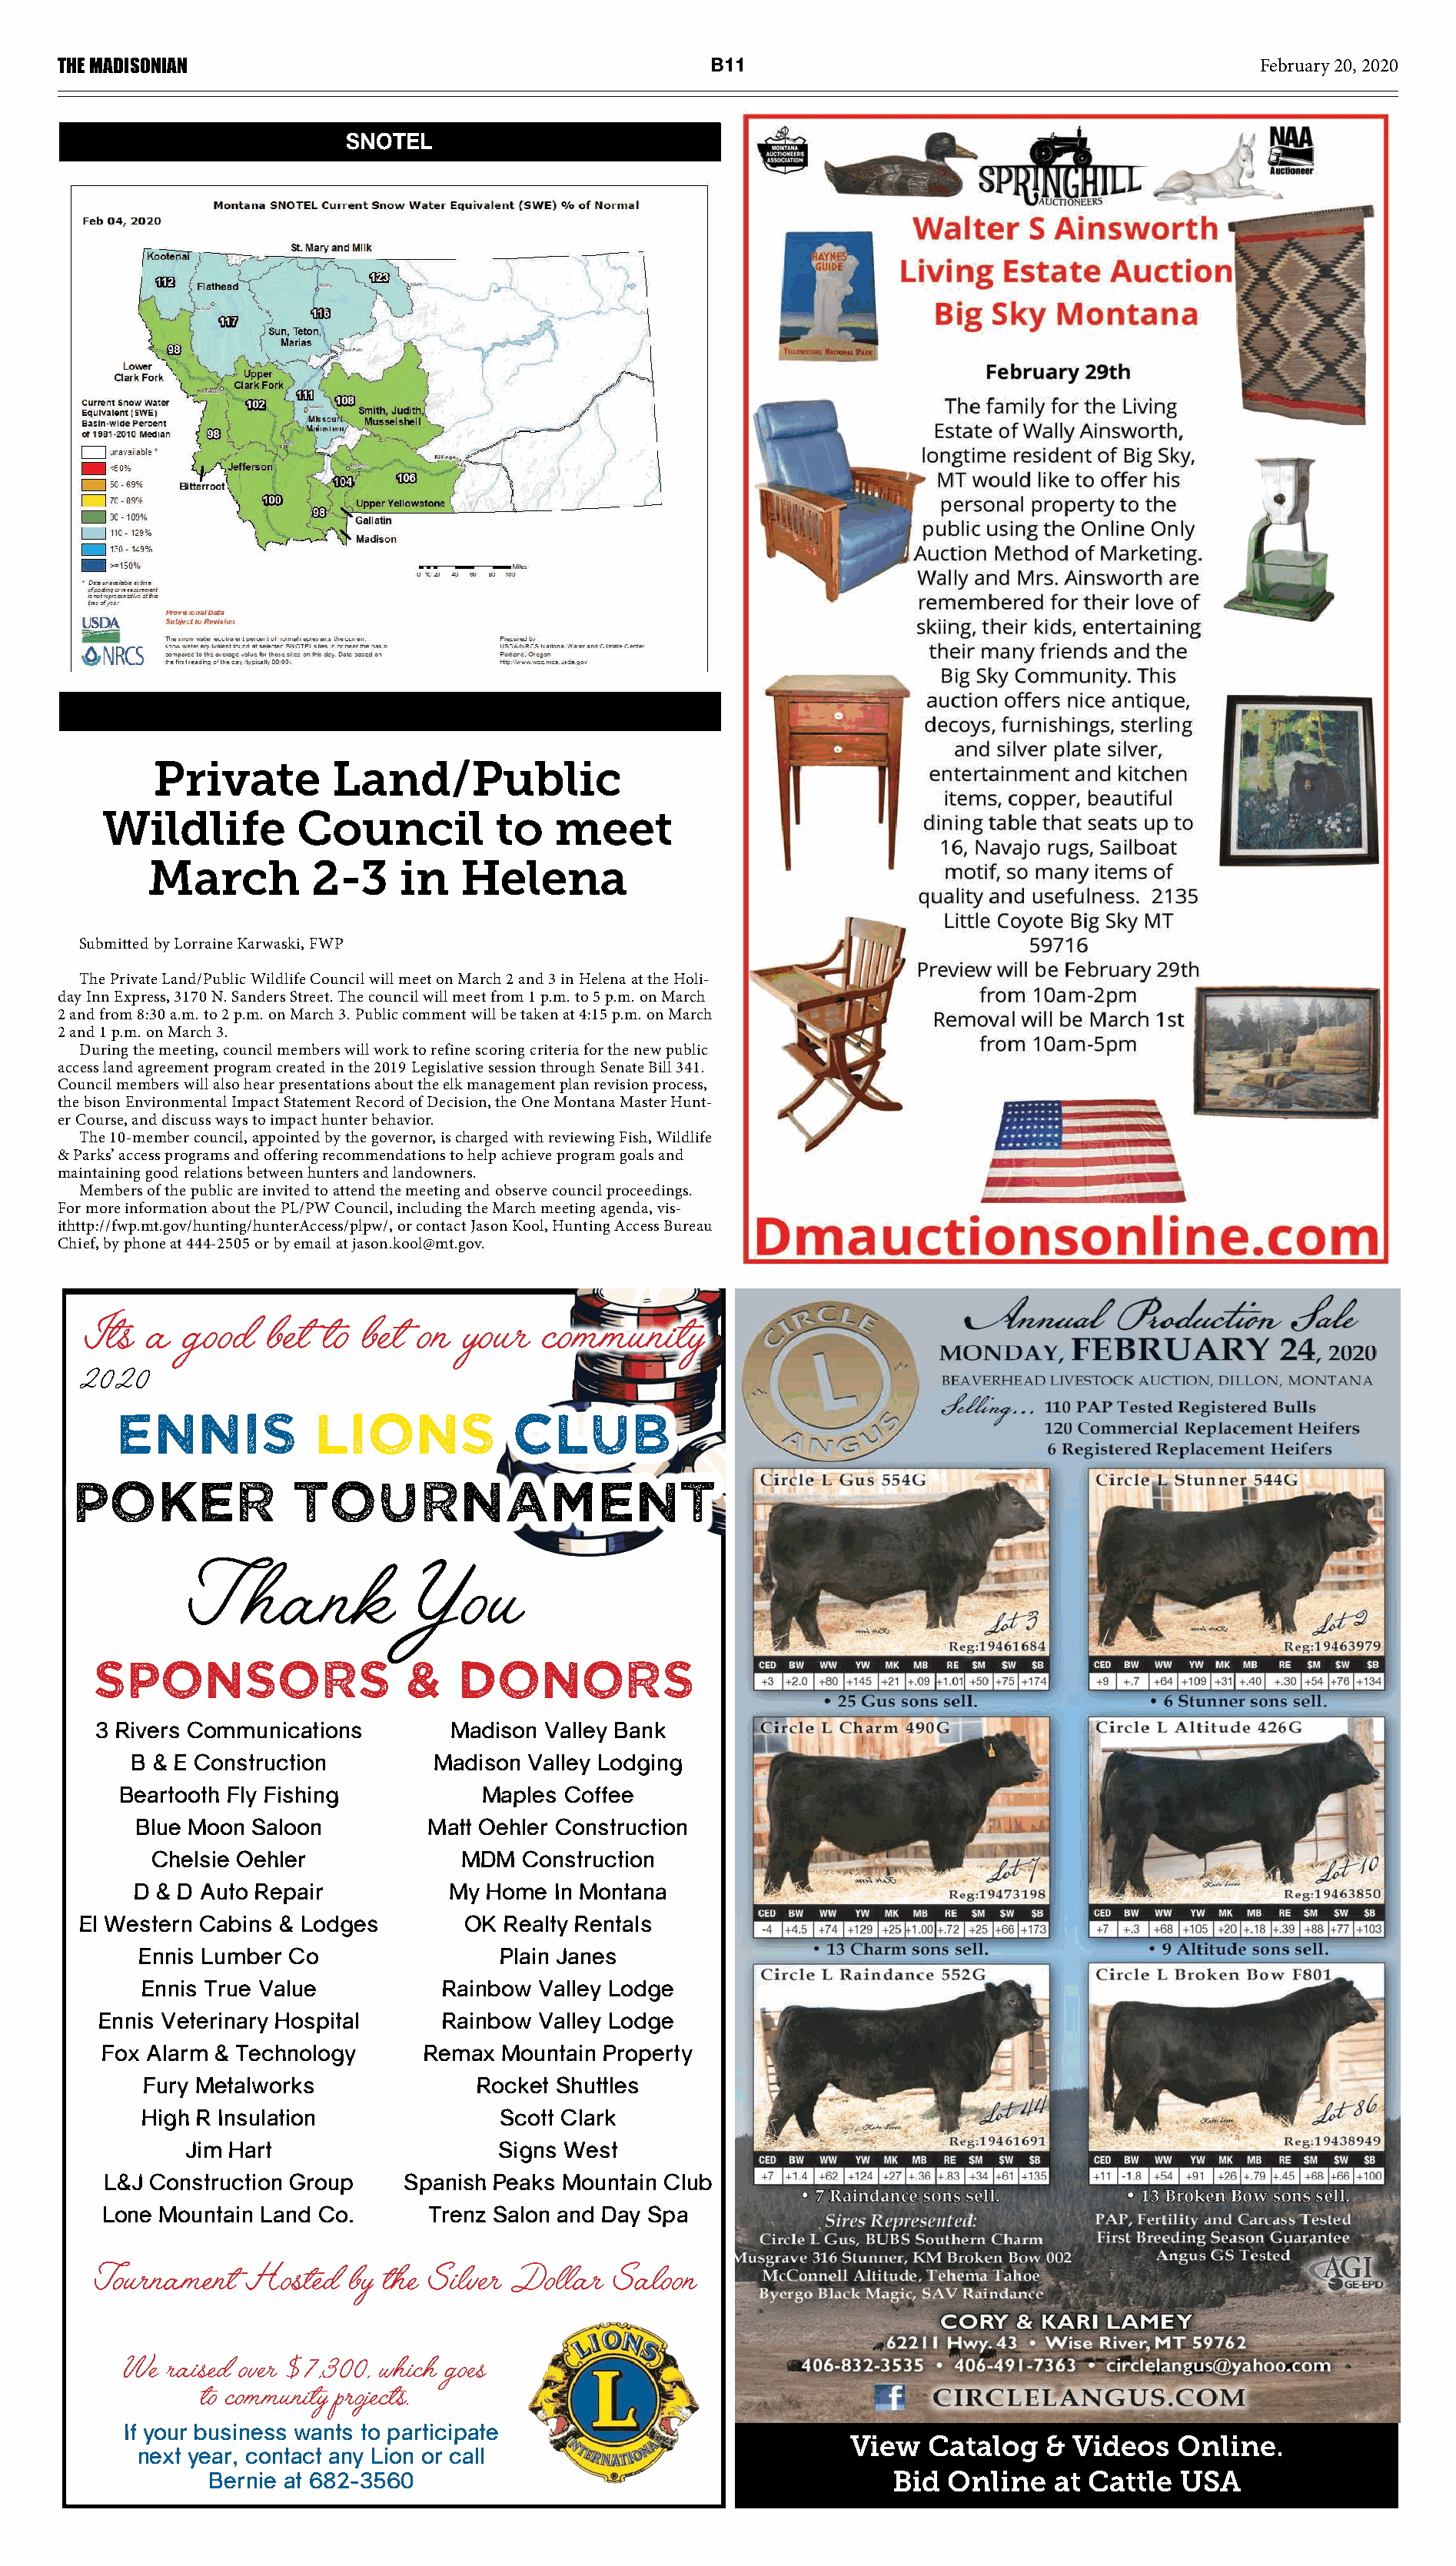
THE MADISONIAN                                          B11                                             February 20, 2020
 SNOTEL
 Private         Land/Public
 Wildlife         Council          to   meet
 March         2-3    in    Helena
 Submitted by Lorraine Karwaski, FWP
 The Private Land/Public Wildlife Council will meet on March 2 and 3 in Helena at the Holi-
 day Inn Express, 3170 N. Sanders Street. The council will meet from 1 p.m. to 5 p.m. on March
 2 and from 8:30 a.m. to 2 p.m. on March 3. Public comment will be taken at 4:15 p.m. on March
 2 and 1 p.m. on March 3.
 During the meeting, council members will work to refine scoring criteria for the new public
 access land agreement program created in the 2019 Legislative session through Senate Bill 341.
 Council members will also hear presentations about the elk management plan revision process,
 the bison Environmental Impact Statement Record of Decision, the One Montana Master Hunt-
 er Course, and discuss ways to impact hunter behavior.
 The 10-member council, appointed by the governor, is charged with reviewing Fish, Wildlife
 & Parks’ access programs and offering recommendations to help achieve program goals and
 maintaining good relations between hunters and landowners.
 Members of the public are invited to attend the meeting and observe council proceedings.
 For more information about the PL/PW Council, including the March meeting agenda, vis-
 ithttp://fwp.mt.gov/hunting/hunterAccess/plpw/, or contact Jason Kool, Hunting Access Bureau
 Chief, by phone at 444-2505 or by email at jason.kool@mt.gov.
 It’s  a  good   bet  to bet  on  your   community
 2020
 Ennis            Lions            Club
 Poker              Tournament
 T    hank           You
 sponsors                   &   DONORS
 3 Rivers Communications        Madison Valley Bank
 B & E Construction        Madison Valley Lodging
 Beartooth Fly Fishing          Maples  Coffee
 Blue Moon Saloon         Matt Oehler Construction
 Chelsie Oehler             MDM  Construction
 D & D Auto Repair          My Home  In Montana
 El Western Cabins & Lodges       OK Realty Rentals
 Ennis Lumber Co                Plain Janes
 Ennis True Value          Rainbow Valley Lodge
 Ennis Veterinary Hospital     Rainbow Valley Lodge
 Fox Alarm & Technology     Remax  Mountain Property
 Fury Metalworks              Rocket Shuttles
 High R Insulation              Scott Clark
 Jim Hart                   Signs West
 L&J Construction Group    Spanish Peaks Mountain Club
 Lone Mountain Land Co.      Trenz Salon and Day Spa
 Tournament   Hosted   by the Silver Dollar   Saloon
 We raised over $7,300, which goes
 to community projects.
 If your business wants to participate
 View   Catalog   & Videos   Online.
 next year, contact any Lion or call
 Bernie at 682-3560                                         Bid  Online   at Cattle  USA